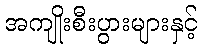
အကျိုးစီးပွားများနှင့်